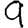
Digit: 9